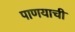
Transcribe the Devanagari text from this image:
पाणयाची